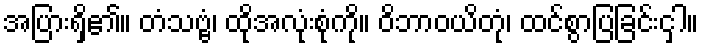
အပြားရှိ၏။ တံသဗ္ဗံ၊ ထိုအလုံးစုံကို။ ဝိဘာဝယိတုံ၊ ထင်စွာပြခြင်းငှါ။